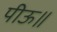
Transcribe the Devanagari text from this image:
पीऊ॥